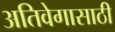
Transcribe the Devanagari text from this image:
अतिवेगासाठी